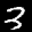
Label: 3